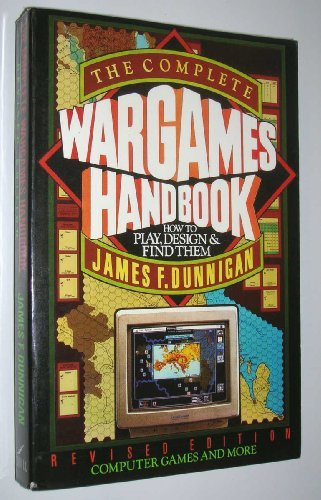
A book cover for The Complete Wargames Handbook: How to Play, Design, and Find Them; James F. Dunnigan; Science Fiction & Fantasy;